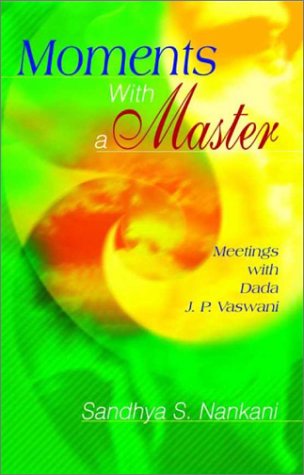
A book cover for Moments with a Master: Meetings with Dada J. P. Vaswani; Sandhya S. Nankani; Religion & Spirituality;